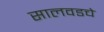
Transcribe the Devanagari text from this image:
सालवडचे